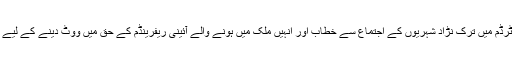
ترک وزیر خارجہ، روٹرڈم میں ترک نڑاد شہریوں کے اجتماع سے خطاب اور انہیں ملک میں ہونے والے آئینی ریفرینڈم کے حق میں ووٹ دینے کے لیے آمادہ کرنا چاہتے تھے۔